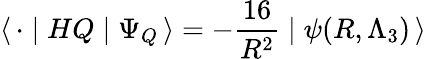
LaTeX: \langle\, {\mathbf\cdot}\mid HQ\mid\Psi_{Q}\, \rangle=-\frac{16}{R^{2}}\mid\psi(R,\Lambda_{3})\, \rangle